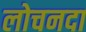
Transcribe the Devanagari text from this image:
लोचनदा